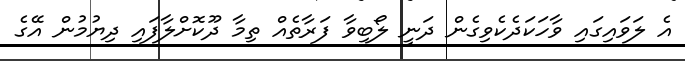
އެ ލަވައިގައި ވާހަކަދެކެވިގެން ދަނީ ލޯބިވާ ފަރާތެއް ތިމާ ދޫކޮށްލާފައި ދިޔުމުން އޭގެ